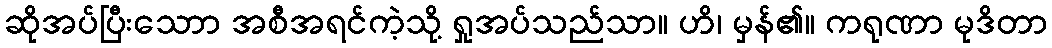
ဆိုအပ်ပြီးသောာ အစီအရင်ကဲ့သို့ ရှုအပ်သည်သာ။ ဟိ၊ မှန်၏။ ကရုဏာ မုဒိတာ